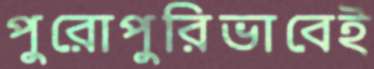
পুরোপুরিভাবেই